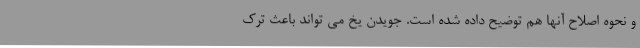
و نحوه اصلاح آنها هم توضیح داده شده است. جویدن یخ می تواند باعث ترک